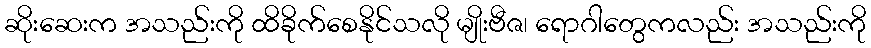
ဆိုးဆေးက အသည်းကို ထိခိုက်စေနိုင်သလို မျိုးဗီဇ၊ ရောဂါတွေကလည်း အသည်းကို